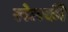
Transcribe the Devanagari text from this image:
खेलकी